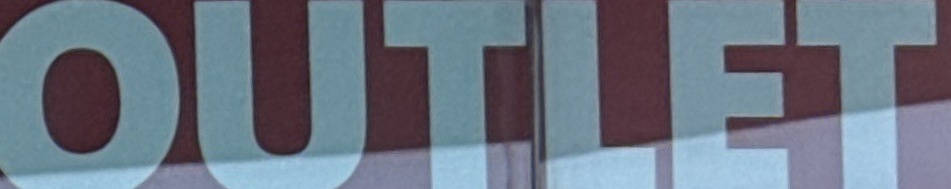
OUTLET